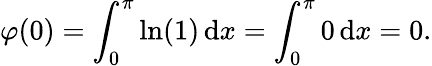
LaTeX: \varphi(0)=\int_{0}^{\pi}\ln(1)\, \mathrm{d}x=\int_{0}^{\pi}0\, \mathrm{d}x=0.